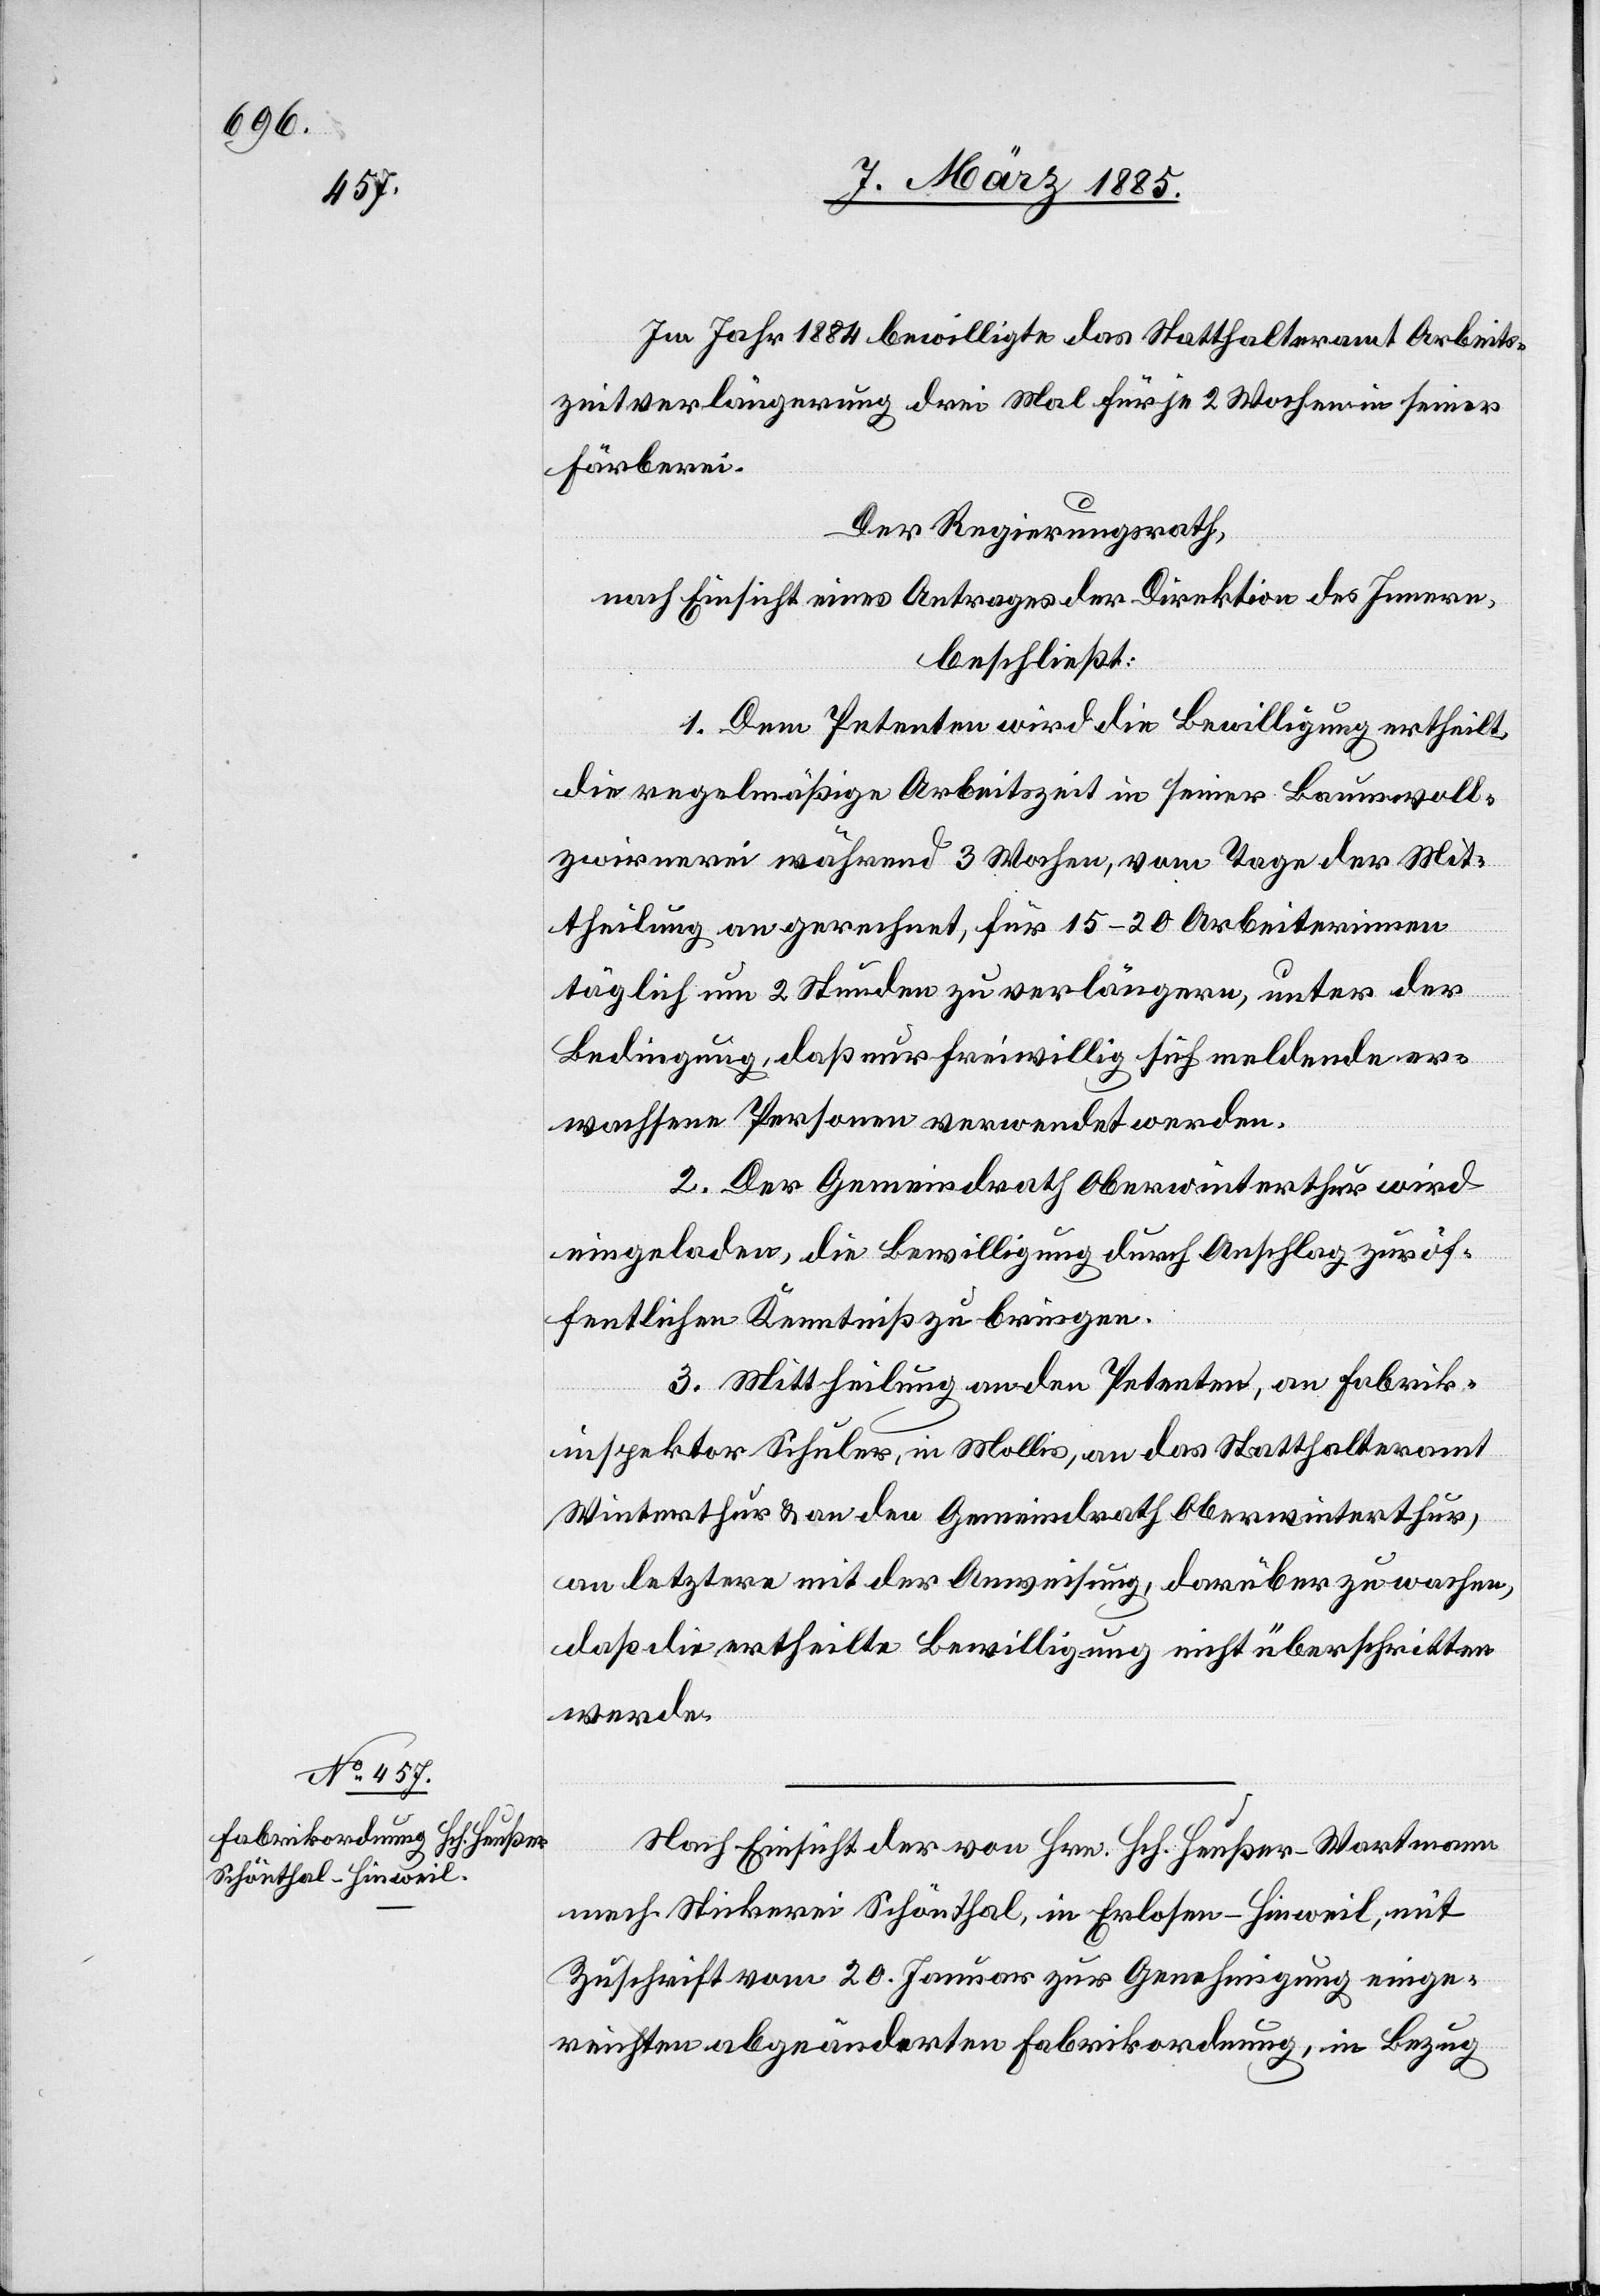
Im Jahr 1884 bewilligte das Statthalteramt Arbeits¬
zeitverlängerungen drei Mal für je 2 Wochen in seiner
Färberei.
Der Regierungsrath,
nach Einsicht eines Antrages der Direktion des Innern,
beschließt:
1. Dem Petenten wird die Bewilligung ertheilt,
die regelmäßige Arbeitszeit in seiner Baumwoll¬
zwirnerei während 3 Wochen, vom Tage der Mit¬
theilung an gerechnet, für 15–20 Arbeiterinnen
täglich um 2 Stunden zu verlängern, unter der
Bedingung, daß nur freiwillig sich meldende er¬
wachsene Personen verwendet werden.
2. Der Gemeindrath Oberwinterthur wird
eingeladen, die Bewilligung durch Anschlag zu öf¬
fentlichen Kenntniß zu bringen.
3. Mittheilung an den Petenten, an Fabrik¬
inspektor Schuler, in Mollis, an das Statthalteramt
Winterthur & an den Gemeindrath Oberwinterthur,
an letztere mit der Anweisung, darüber zu wachen,
daß die ertheilte Bewilligung nicht überschritten
werde.
Nach Einsicht der von Hrn. Heußer-Wartmann
Zuschrift vom 20. Januar zur Genehmigung einge¬
reichten abgeänderten Fabrikordnung, in Bezug